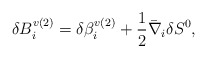
\begin{align*}\delta B^{v(2)}_{i} = \delta \beta^{v(2)}_{i} +\frac{1}{2}\bar{\nabla}_{i} \delta S^{0},\end{align*}